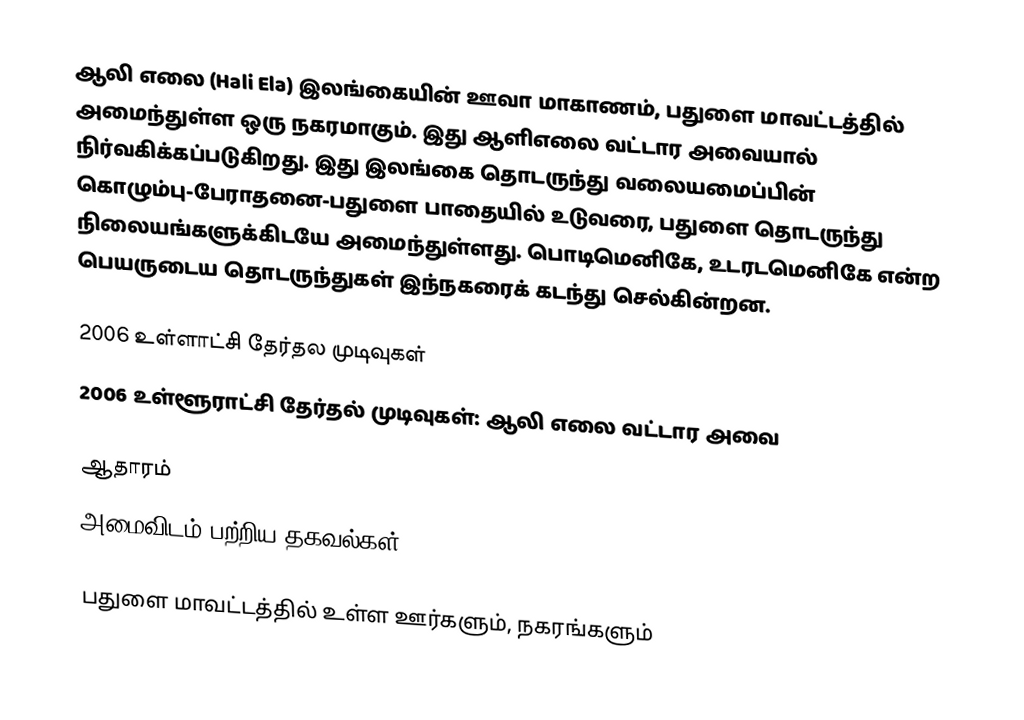
ஆலி எலை (Hali Ela) இலங்கையின்  ஊவா மாகாணம், பதுளை மாவட்டத்தில் அமைந்துள்ள ஒரு நகரமாகும். இது ஆளிஎலை வட்டார அவையால் நிர்வகிக்கப்படுகிறது. இது இலங்கை தொடருந்து வலையமைப்பின் கொழும்பு-பேராதனை-பதுளை பாதையில் உடுவரை, பதுளை தொடருந்து நிலையங்களுக்கிடயே அமைந்துள்ளது. பொடிமெனிகே,   உடரடமெனிகே என்ற பெயருடைய தொடருந்துகள் இந்நகரைக் கடந்து செல்கின்றன.

2006 உள்ளாட்சி தேர்தல முடிவுகள்
2006　உள்ளூராட்சி தேர்தல்　முடிவுகள்:　ஆலி எலை வட்டார அவை

ஆதாரம்
அமைவிடம் பற்றிய தகவல்கள்

பதுளை மாவட்டத்தில் உள்ள ஊர்களும், நகரங்களும்